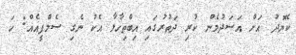
ކެޔޮދު އަށް އަސަދުމެން ކުރި ދަތުރުގައި އިބްތިހާލާ އެކު ނެގި ސެލްފީއެއް: ހަ